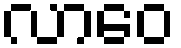
လာဝေ